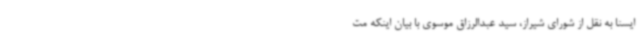
ایسنا به نقل از شورای شیراز، سید عبدالرزاق موسوی با بیان اینکه مت